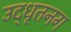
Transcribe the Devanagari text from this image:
उद्‌धृतनग